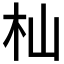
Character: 杣